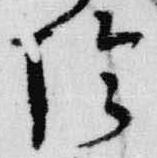
陰